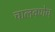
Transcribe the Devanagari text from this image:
चालवणेच